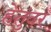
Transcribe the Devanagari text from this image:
हेतुंवर